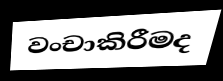
වංචාකිරීමද